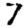
Digit: 7